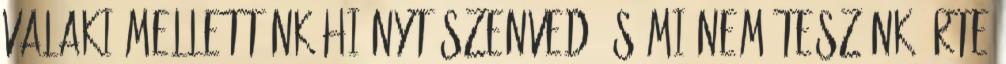
valaki mellettünk hiányt szenved és mi nem teszünk érte